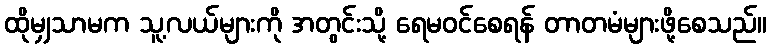
ထိုမျှသာမက သူ့လယ်များကို အတွင်းသို့ ရေမဝင်စေရန် တာတမံများဖို့စေသည်။